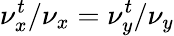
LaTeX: \nu_{x}^{t}/\nu_{x}=\nu_{y}^{t}/\nu_{y}